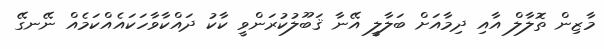
މާޒިން ތޮލާލް އާއި ދިމާއަށް ބަލާލީ އޭނާ ޤަބޫލުކުރަންވީ ކާކު ދައްކާވާހަކައެއްކަމެއް ނޭނގޭ